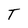
Character: T